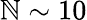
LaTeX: \mathbb{N}\sim10